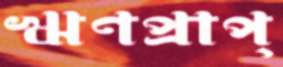
ঋণপ্রাপ্